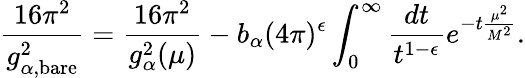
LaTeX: \frac{16\pi^{2}}{g_{\alpha,{\scriptstyle\mathrm{bare}}}^{2}}=\frac{16\pi^{2}}{g_{\alpha}^{2}(\mu)}-b_{\alpha}(4\pi)^{\epsilon}\int_{0}^{\infty}\frac{dt}{t^{1-\epsilon}}e^{-t\frac{\mu^{2}}{M^{2}}}.